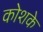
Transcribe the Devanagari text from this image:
कोशके